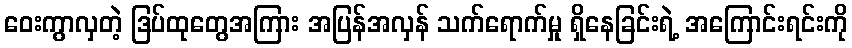
ဝေးကွာလှတဲ့ ဒြပ်ထုတွေအကြား အပြန်အလှန် သက်ရောက်မှု ရှိနေခြင်းရဲ့ အကြောင်းရင်းကို